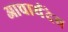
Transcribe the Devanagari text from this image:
आचार्यदेव